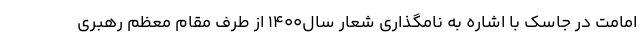
امامت در جاسک با اشاره به نامگذاری شعار سال۱۴۰۰ از طرف مقام معظم رهبری